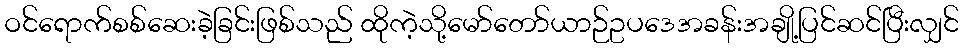
ဝင်ရောက်စစ်ဆေးခဲ့ခြင်းဖြစ်သည် ထိုကဲ့သို့မော်တော်ယာဉ်ဥပဒေအခန်းအချို့ပြင်ဆင်ပြီးလျှင်